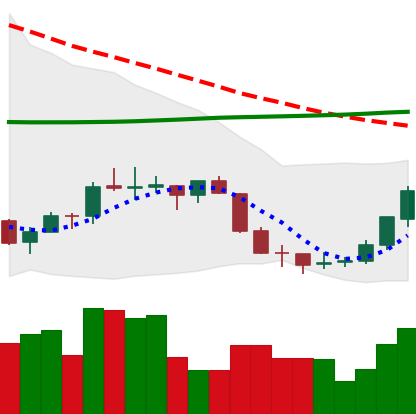
Ticker: EOS-USD
Chart end date: 2018-07-17
Forward return: -10.02%
Label: down_7plus